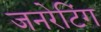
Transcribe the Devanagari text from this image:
जनरेटिंग